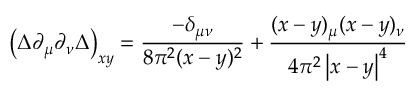
\left( \Delta \partial _ { \mu } \partial _ { \nu } \Delta \right) _ { x y } = \frac { - \delta _ { \mu \nu } } { 8 \pi ^ { 2 } ( x - y ) ^ { 2 } } + \frac { ( x - y ) _ { \mu } ( x - y ) _ { \nu } } { 4 \pi ^ { 2 } \left| x - y \right| ^ { 4 } }